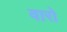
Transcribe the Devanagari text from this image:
वारो